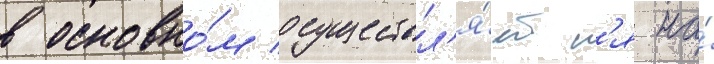
в основно́м осуществл'я́етс'я на́